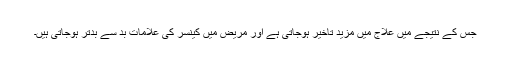
جس کے نتیجے میں علاج میں مزید تاخیر ہوجاتی ہے اور مریض میں کینسر کی علامات بد سے بدتر ہوجاتی ہیں۔